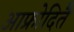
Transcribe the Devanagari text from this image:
आफ्रोदितै